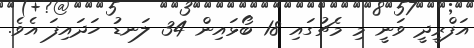
އަފްރީދީ ވަނީ މި މެޗުގައި 18 ބޯޅައިން 34 ލަނޑު ހަދައިފަ އެވެ.